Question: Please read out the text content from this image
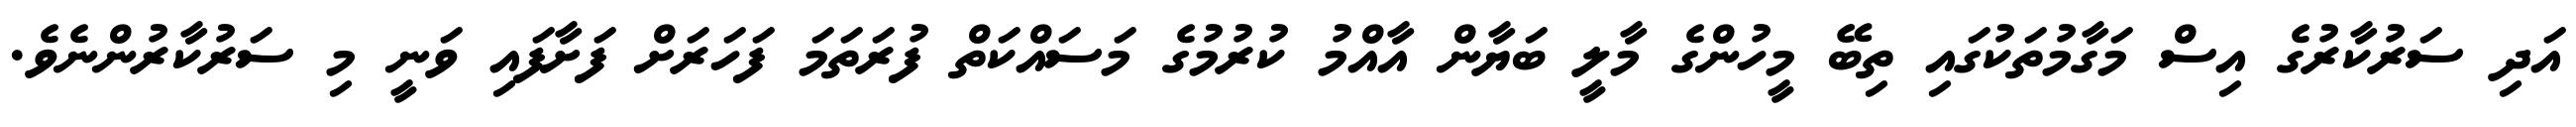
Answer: އަދި ސަރުކާރުގެ އިސް މަގާމުތަކުގައި ތިބޭ މީހުންގެ މާލީ ބަޔާން އާއްމު ކުރުމުގެ މަސައްކަތް ފުރަތަމަ ފަހަރަށް ފަށާފައި ވަނީ މި ސަރުކާރުންނެވެ.